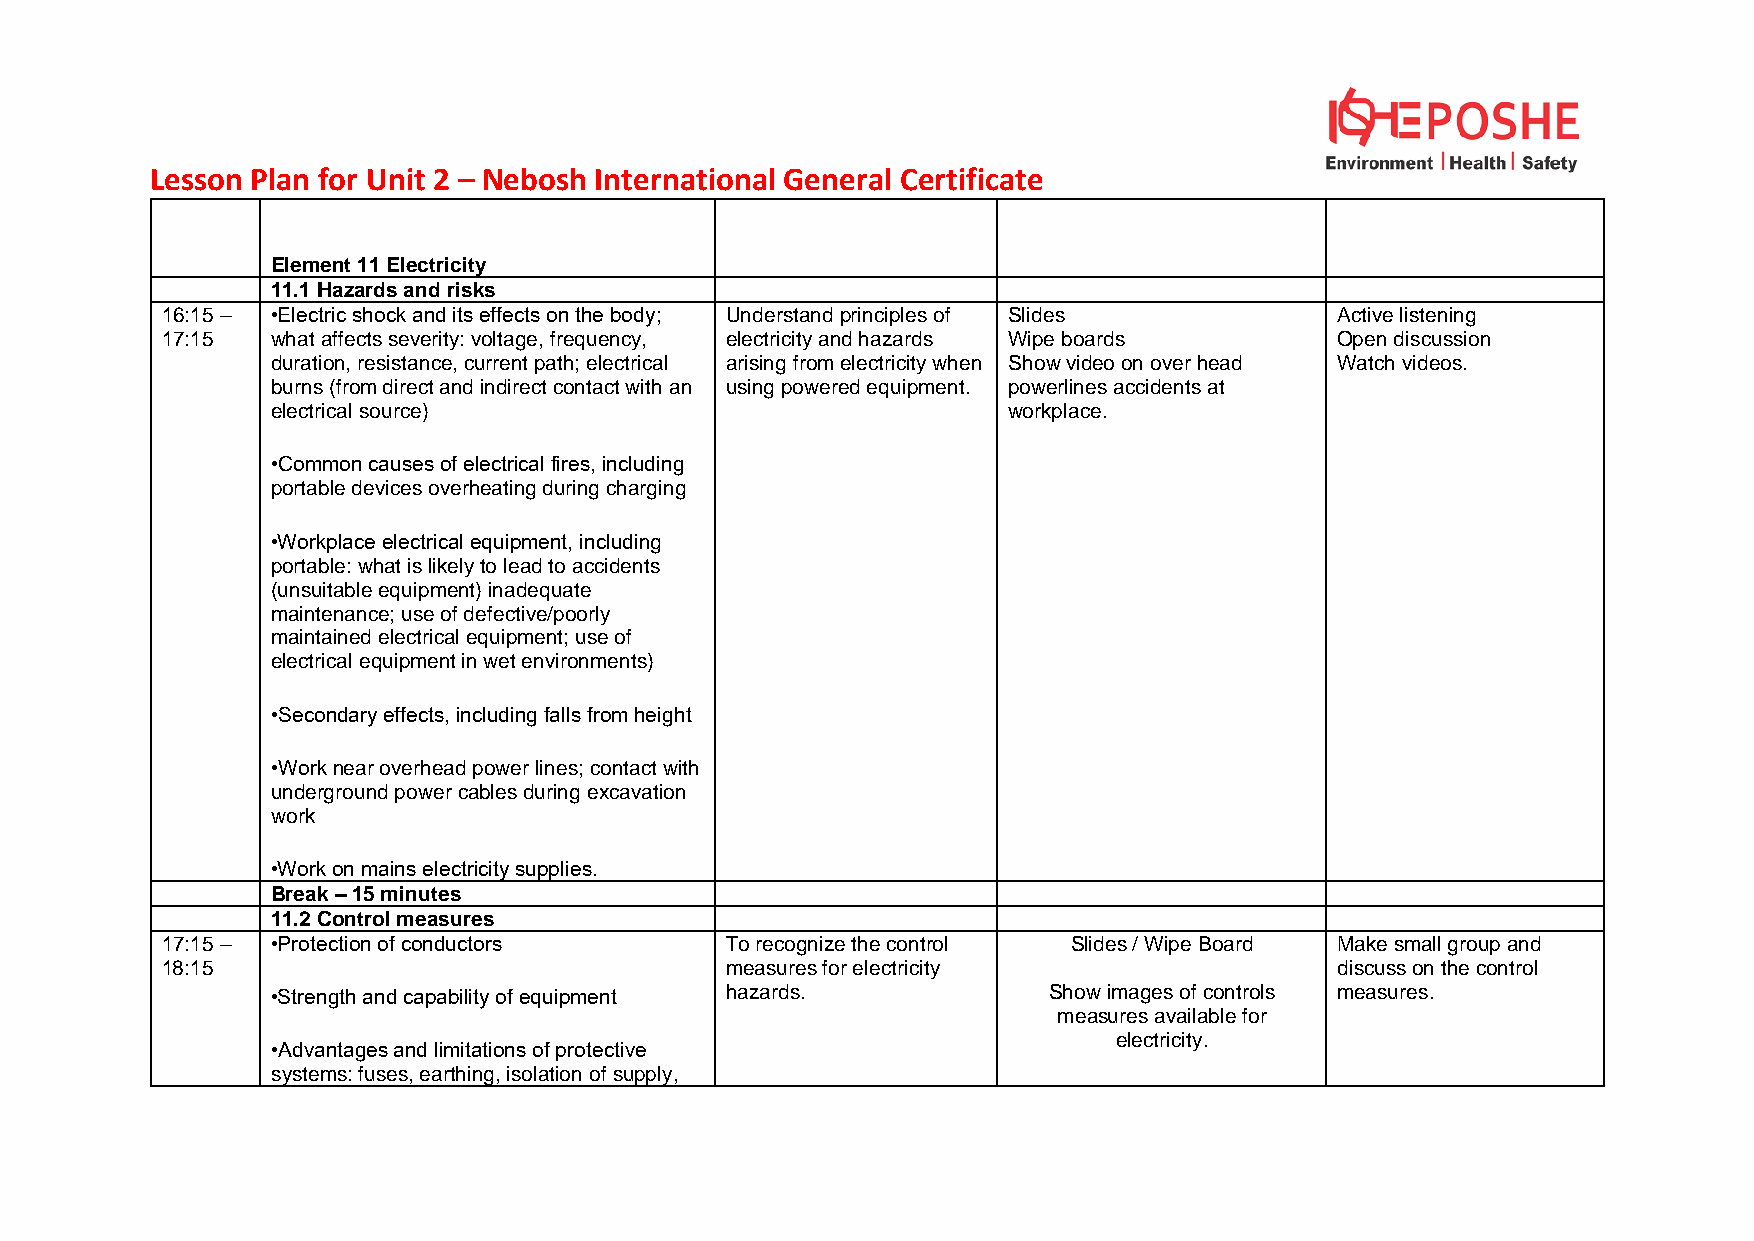
Lesson Plan for Unit 2 – Nebosh International General Certificate
 Element 11 Electricity
 11.1 Hazards and risks
 16:15 – •Electric shock and its effects on the body; Understand principles of Slides Active listening
 17:15  what affects severity: voltage, frequency, electricity and hazards Wipe boards Open discussion
 duration, resistance, current path; electrical arising from electricity when Show video on over head Watch videos.
 burns (from direct and indirect contact with an using powered equipment. powerlines accidents at
 electrical source)                               workplace.
 •Common causes of electrical fires, including
 portable devices overheating during charging
 •Workplace electrical equipment, including
 portable: what is likely to lead to accidents
 (unsuitable equipment) inadequate
 maintenance; use of defective/poorly
 maintained electrical equipment; use of
 electrical equipment in wet environments)
 •Secondary effects, including falls from height
 •Work near overhead power lines; contact with
 underground power cables during excavation
 work
 •Work on mains electricity supplies.
 Break – 15 minutes
 11.2 Control measures
 17:15 – •Protection of conductors    To recognize the control Slides / Wipe Board Make small group and
 18:15                                measures for electricity                 discuss on the control
 •Strength and capability of equipment hazards.     Show images of controls measures.
 measures available for
 electricity.
 •Advantages and limitations of protective
 systems: fuses, earthing, isolation of supply,